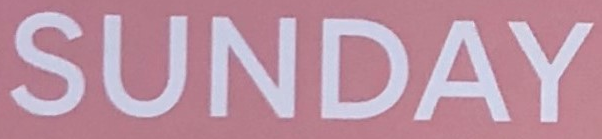
SUNDAY